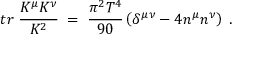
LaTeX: t r \; \frac { K ^ { \mu } K ^ { \nu } } { K ^ { 2 } } \; = \; \frac { \pi ^ { 2 } T ^ { 4 } } { 9 0 } \left( \delta ^ { \mu \nu } - 4 n ^ { \mu } n ^ { \nu } \right) \; .